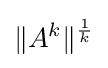
\|A^{k}\|^{\frac {1}{k}}